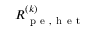
R _ { \mathrm { ~ p ~ e ~ , ~ h ~ e ~ t ~ } } ^ { ( k ) }